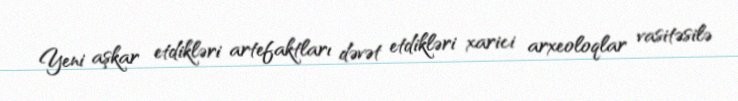
Yeni aşkar etdikləri artefaktları dəvət etdikləri xarici arxeoloqlar vasitəsilə